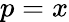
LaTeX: p=x